Document type: Emphyteutic lease
Year: 1295
Scribe: Pere de Noguera, prevere
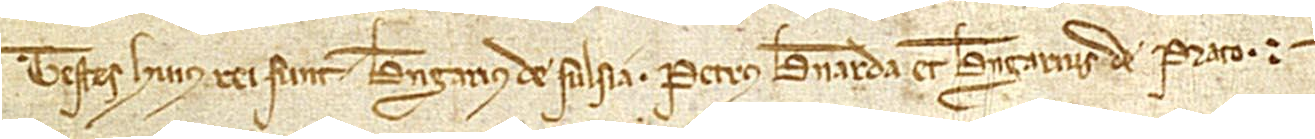
Testes huius rei sunt: Berengarius de Sulsia, Petrus Bernarda et Berenarius de Prato.